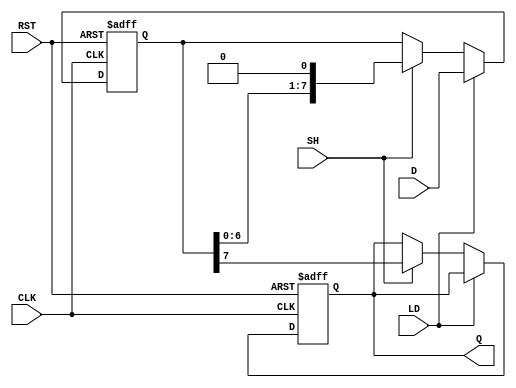
module dynamic_piso_register #(
    parameter WIDTH = 8  // Width of the register
)(
    input wire [WIDTH-1:0] D, // Parallel data input
    input wire LD,             // Load signal
    input wire SH,             // Shift signal
    input wire CLK,            // Clock signal
    input wire RST,            // Reset signal
    output reg Q               // Serial output
);

    reg [WIDTH-1:0] register; // Internal register to hold data

    // Sequential logic for loading, shifting, and resetting
    always @(posedge CLK or posedge RST) begin
        if (RST) begin
            register <= {WIDTH{1'b0}}; // Reset register to known state (0's)
            Q <= 1'b0;                 // Reset output
        end
        else begin
            if (LD) begin
                register <= D;        // Load parallel data into the register
            end
            else if (SH) begin
                Q <= register[WIDTH-1]; // Output the MSB to Q
                register <= {register[WIDTH-2:0], 1'b0}; // Shift left
            end
        end
    end

endmodule